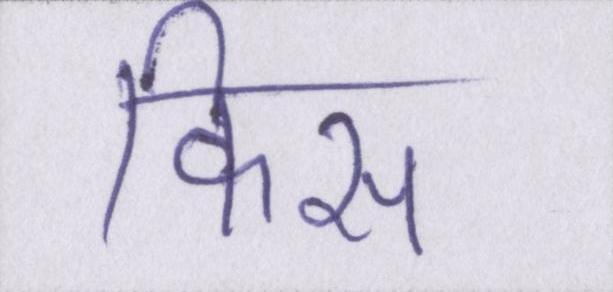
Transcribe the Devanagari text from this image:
किस